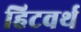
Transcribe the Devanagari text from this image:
हिटवर्थ